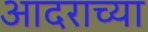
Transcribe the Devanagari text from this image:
आदराच्या